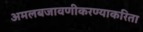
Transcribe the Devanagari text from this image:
अमलबजावणीकरण्याकरिता